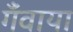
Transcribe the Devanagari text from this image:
गँवाया